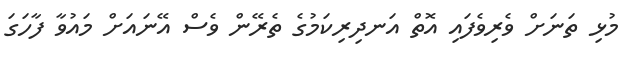
މުޅި ތަނަށް ވެރިވެފައި އޮތް އަނދިރިކަމުގެ ތެރޭން ވެސް އޭނައަށް މައުވާ ފާހަގަ